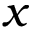
x